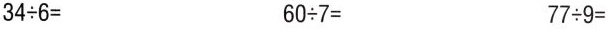
$$34 \div 6=$$ $$60 \div 7=$$ $$77 \div 9=$$